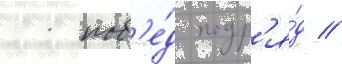
11 поб'е́д подр'я́д //